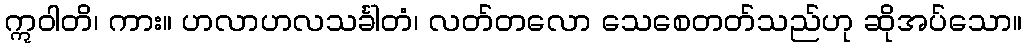
ဣဝါတိ၊ ကား။ ဟလာဟလသင်္ခါတံ၊ လတ်တလော သေစေတတ်သည်ဟု ဆိုအပ်သော။